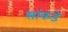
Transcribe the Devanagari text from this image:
सांकडे